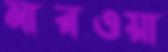
মারওয়া